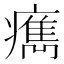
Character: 𤺻